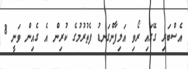
އެސްބަރި ގޭގައި ރޯވި އަލިފާންގަނޑުު ފެތުރުމުގެ ކުރިން އެ ގެއިން ވަނީ 8